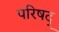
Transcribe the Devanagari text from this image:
परिषद्‍